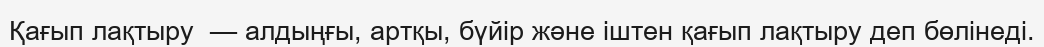
Қағып лақтыру  — алдыңғы, артқы, бүйір және іштен қағып лақтыру деп бөлінеді.